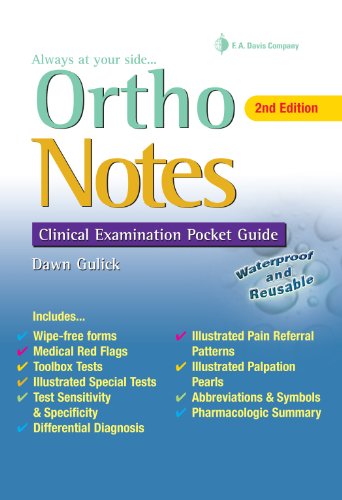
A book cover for Ortho Notes: Clinical Examination Pocket Guide; Dawn Gulick PhD  PT  ATC  CSCS; Reference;